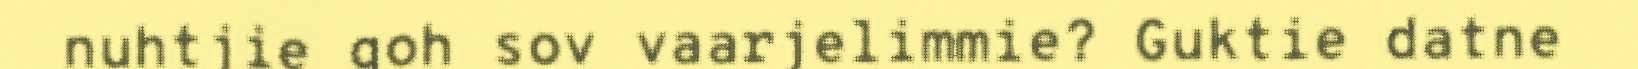
nuhtjie goh sov vaarjelimmie? Guktie datne